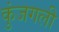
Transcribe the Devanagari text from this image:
कुंजगली